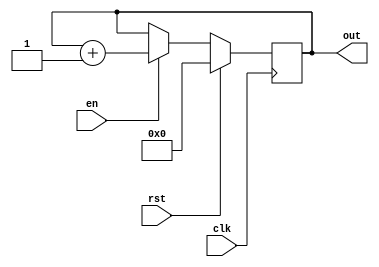
`timescale 10ns/100ps

module counter
#(parameter WIDTH=8) (
    input wire clk,
    input wire rst,
    input wire en,

    output reg [WIDTH-1:0] out
);

initial out = 0;

wire [WIDTH-1:0] next = out + 1'b1;

always @(posedge clk) begin
    if(rst) begin
        out <= 0;
    end else begin
        if(en) begin
            out <= next;
        end
    end
end

endmodule